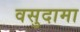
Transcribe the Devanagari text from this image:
वसुदामा